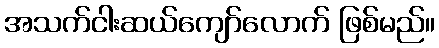
အသက်ငါးဆယ်ကျော်လောက် ဖြစ်မည်။